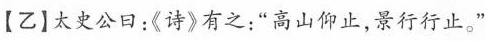
【乙】太史公日：《诗》有之：”高山仰止，景行行止。”